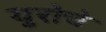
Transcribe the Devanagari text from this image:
युरोचे